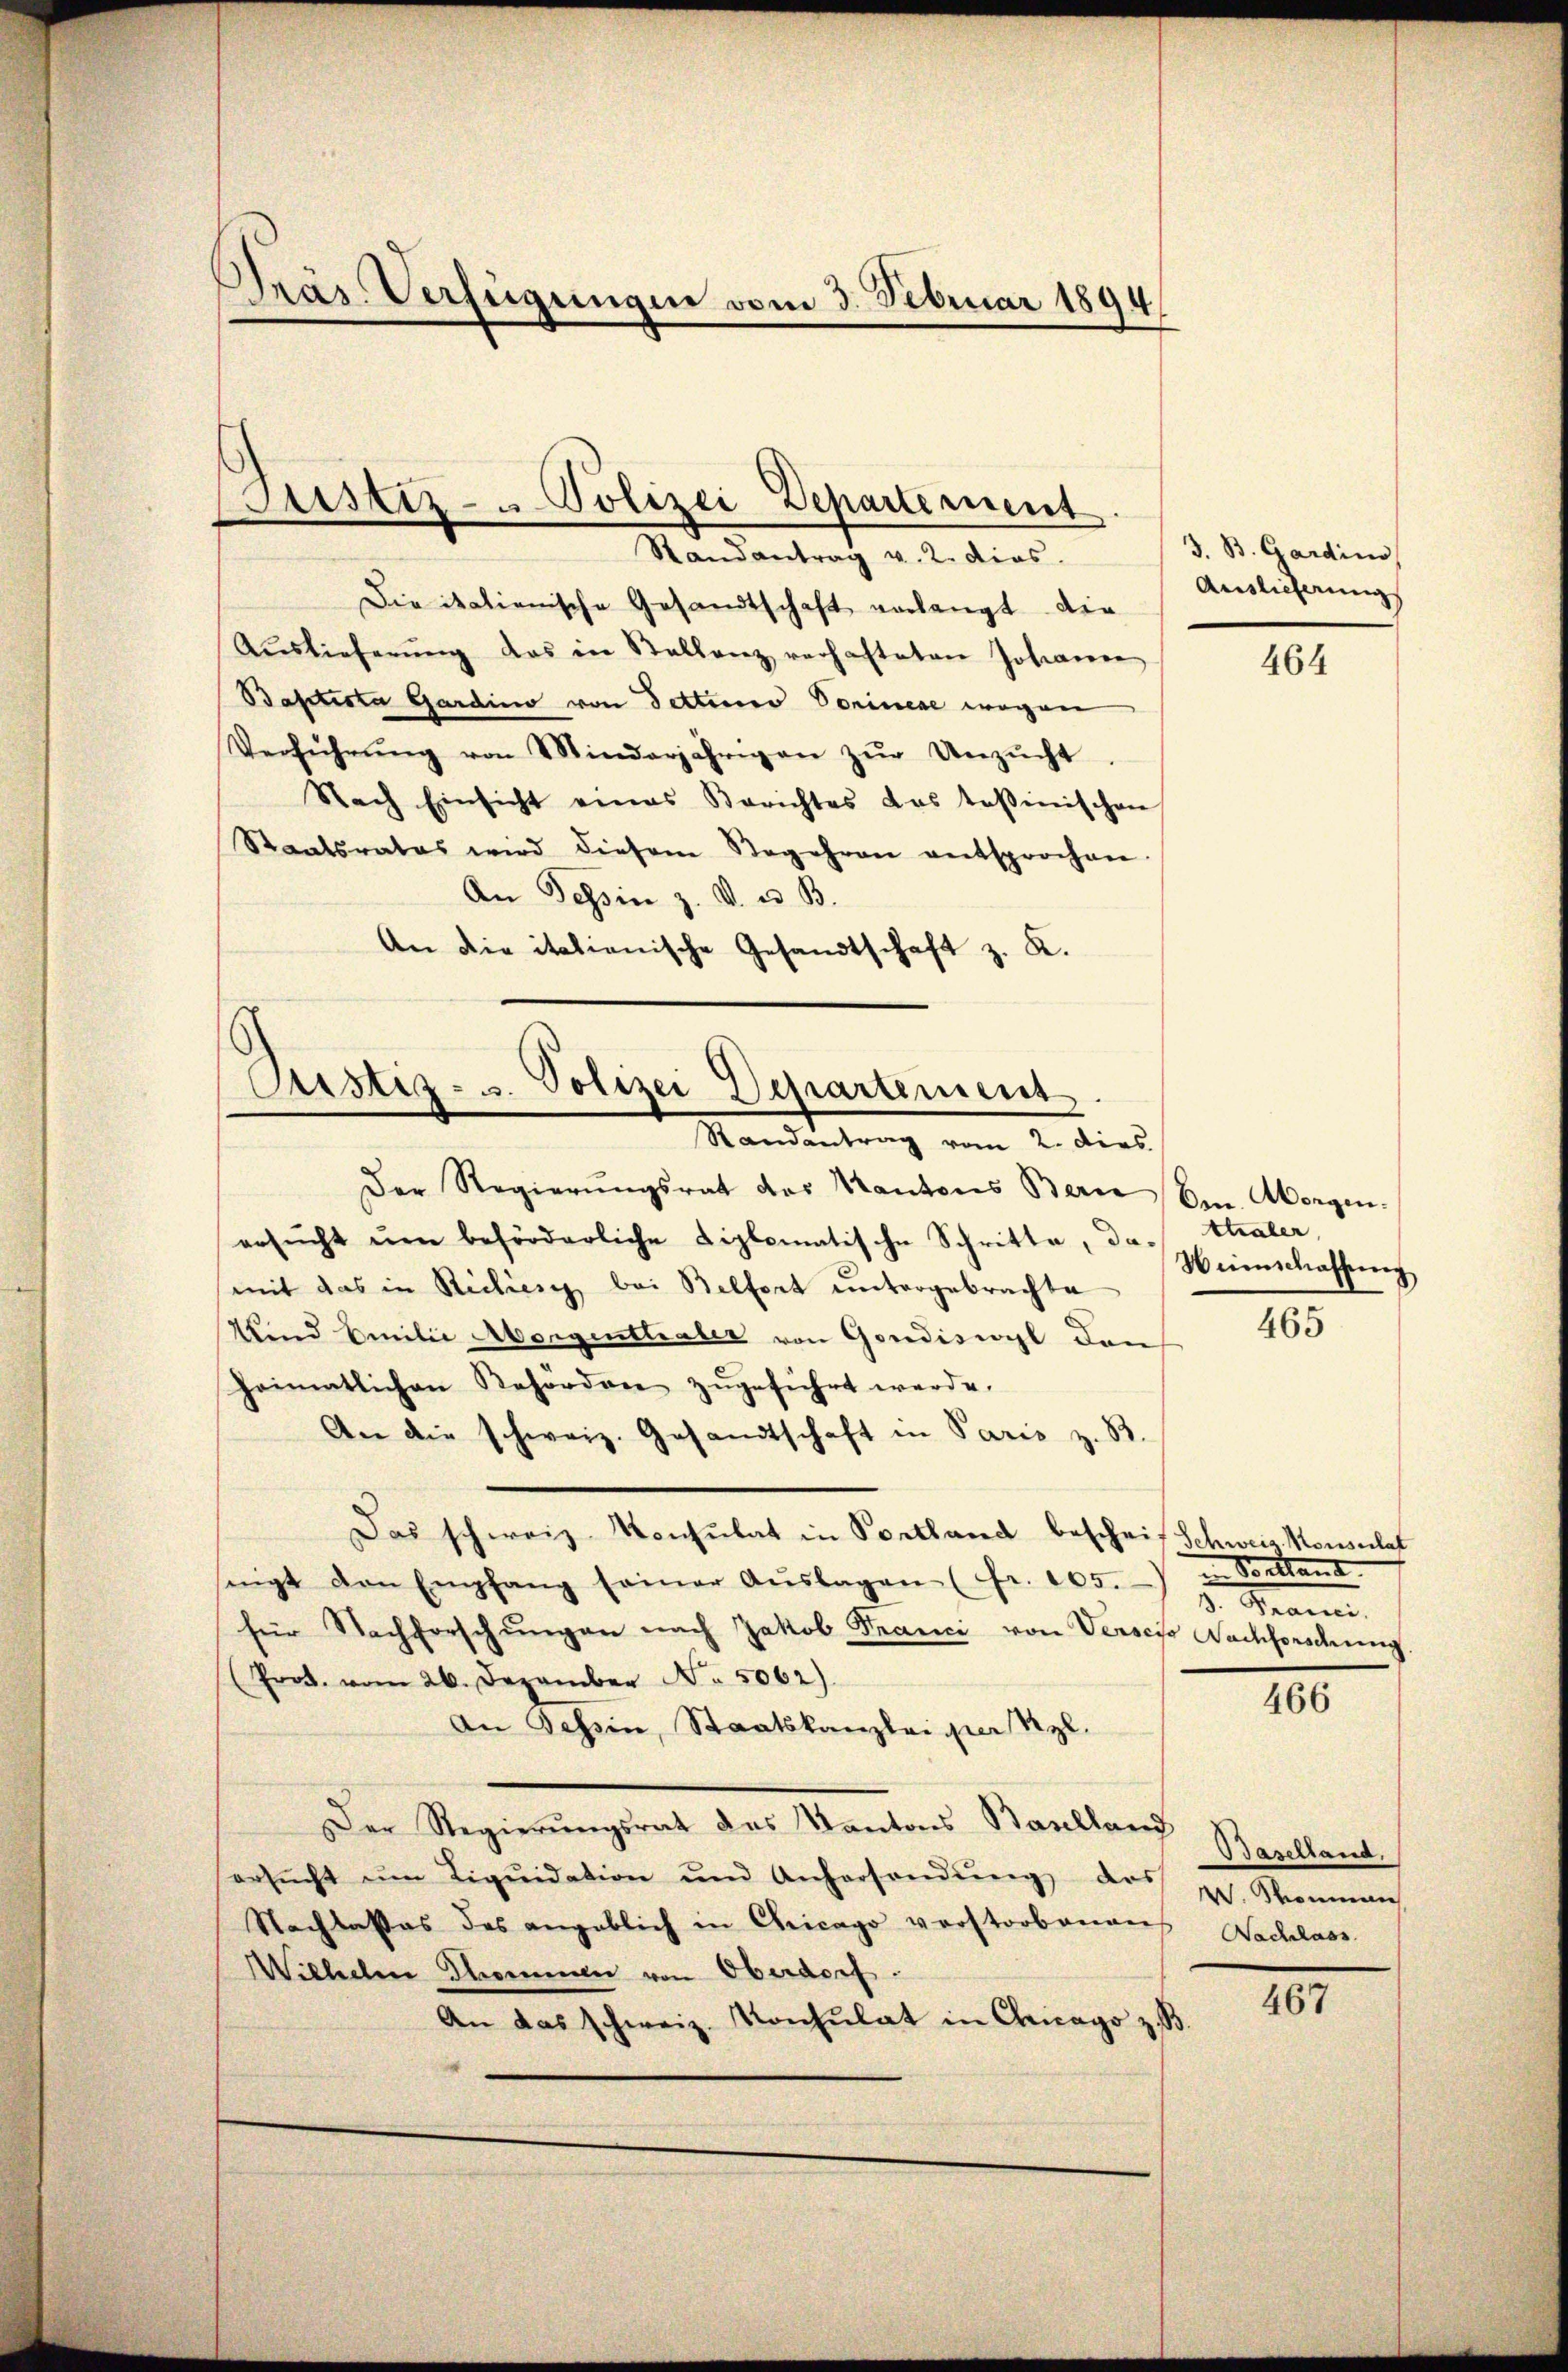
Präs. Verfügungen vom 3. Februar 1894

Die italienische Gesandtschaft verlangt. Die
Aŭslieferŭng das in Stellenz verhafteten Johanne
Baptista Gardino von Fettenes Vorinene wegen
Verführŭng von Minderjährigen zŭr Unzŭcht.
Nach Einsicht eines Berichtes das Teßinischen
Staatsrates wird diesem Stegehren entsprochen
An Tessin z. B. u. B.
An die italienische Gesandtschaft z. K.

Justiz- Polizei Departement
Randantrag v. 2. dies.

Justiz- u. Polizei Departement
Randantrag vom 2. dies

Der Regierŭngsrat der Kantons Bern Ven. Morgen.
ersŭcht ŭm beförderliche diplomatische Schritte, da Heimschaffŭng
mit das in Richiesig bei Belfort untergebrachte
Wind Emilie Aborgentlialer von Gondiswyl den
heimatlichen Reforden zŭgeführt werde.
An die schweiz. Gesandtschaft in Paris z. B.
Das schweiz. Konsulat in Portland beschrif Schweiz. Konsulat
seigt den Empfang seiner Aŭslagen (fr. 205. v. Franci
für Nachforschŭngen nach Jakob Franci von Verscio Nachforschung.
(Prod. vom 26. Dezember No. 5062)
An Tessin, Staatskanzlei per Myl.
Der Regierungsrat des Kantons Baselland
ersŭcht ŭm Liqŭidation und Anhersendŭng des
Nachlasses des angeblich in Chicago verstorbenen
Wiechelm Thommen von Oberdorf.
An das schweiz. Konsulat in Chicago z. B.

3. B. Gardins
Auslieferung

464

Chaler,
465

i Sonstand

466

Baselland,
 Somman
Nachlass

467